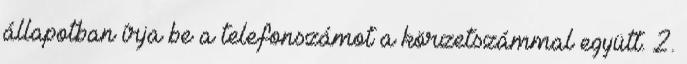
állapotban írja be a telefonszámot a körzetszámmal együtt. 2.